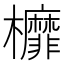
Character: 𣡂